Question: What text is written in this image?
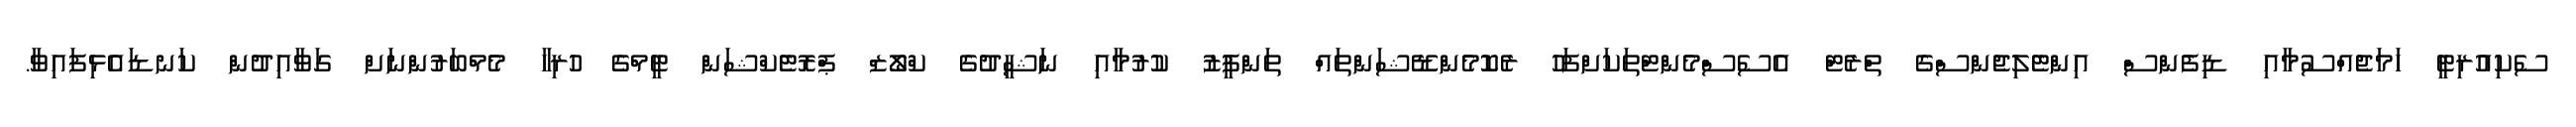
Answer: ސެކިއުރިޓީ ހަމަޖެއްސުމާއި ޑިފެންސް އިންޓެލިޖެންސްގެ ތްރެޓް އެސެސްމެންޓްތަކަށްފަހު ރެކޮމެންޑޭޝަންތައް ތަންފީޒު ކުރުމާއި ނަޝީދުގެ ކްލޯޒް ޕްރޮޓެކްޝަން ޓީމްގެ ހުރިހާ މެމްބަރުންނަށް ގަވާއިދުން ކަނޑައެޅިފައިވާ.